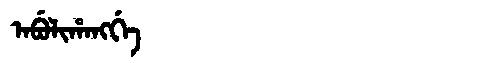
Manchu: ᠠᠪᡠᠯᡳᡥᠠᠩᡤᡝ
Romanization: ABULIHANGGE